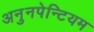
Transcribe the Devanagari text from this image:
अनुनपेन्टियम